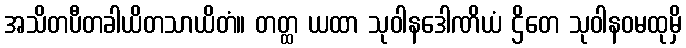
အသိတပီတခါယိတသာယိတံ။ တတ္ထ ယထာ သုဝါနဒေါဏိယံ ဌိတေ သုဝါနဝမထုမှိ